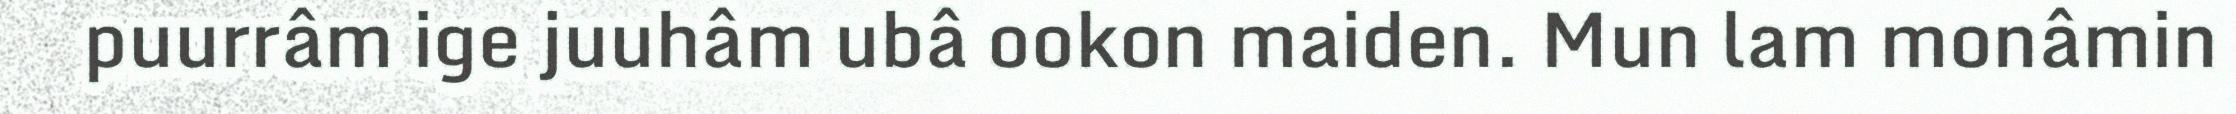
puurrâm ige juuhâm ubâ ookon maiden. Mun lam monâmin